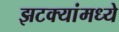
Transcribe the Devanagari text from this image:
झटक्यांमध्ये